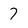
Character: 7